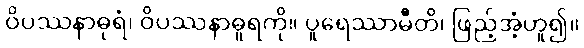
ဝိပဿနာဓုရံ၊ ဝိပဿနာဓူရကို။ ပူရေဿာမီတိ၊ ဖြည့်အံ့ဟူ၍။